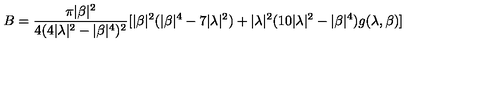
B = \frac { \pi | \beta | ^ { 2 } } { 4 ( 4 | \lambda | ^ { 2 } - | \beta | ^ { 4 } ) ^ { 2 } } [ | \beta | ^ { 2 } ( | \beta | ^ { 4 } - 7 | \lambda | ^ { 2 } ) + | \lambda | ^ { 2 } ( 1 0 | \lambda | ^ { 2 } - | \beta | ^ { 4 } ) g ( \lambda , \beta ) ]